Civil Veterinary Department. United Provinces 1923-31 - 1923-1931
Year: 1923
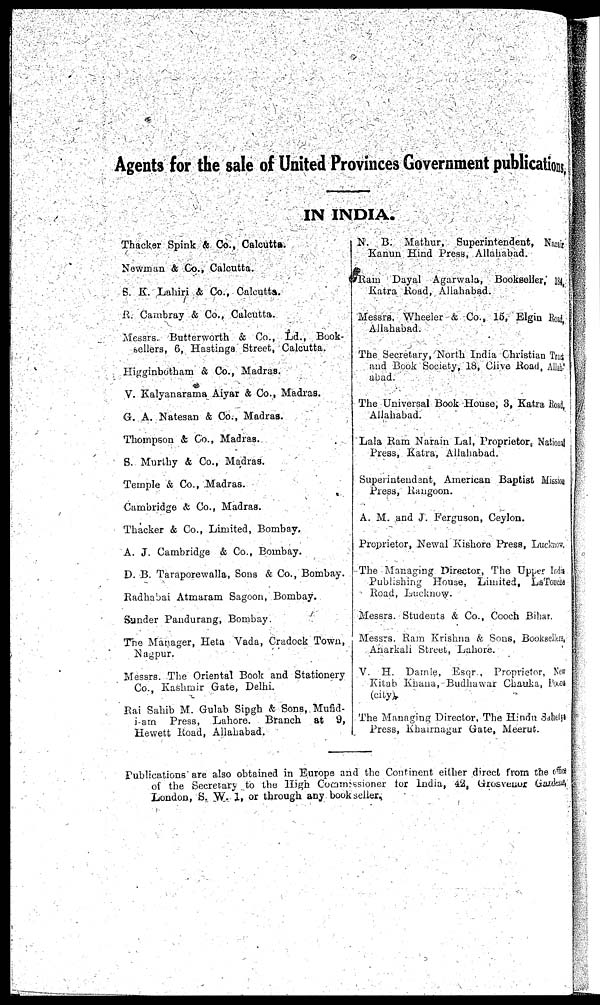
Agents for the sale of United Provinces Government publications,
IN INDIA.
Thacker Spink & Co., Calcutta.
Newman & Co., Calcutta.
S. K. Lahiri & Co., Calcutta.
R. Cambray & Co., Calcutta-.
Messrs. Butterworth & Co., Ld., Book-
sellers, 6, Hastinga Street, Calcutta.
Higginbotham & Co., Madras.
V. Kalyanarama Aiyar & Co., Madras.
G. A. Natesan & Co., Madras.
Thompson & Co., Madras.
S. Murthy & Co., Madras.
Temple & Co., Madras.
Cambridge & Co., Madras.
Thacker & Co., Limited, Bombay.
A. J. Cambridge & Co., Bombay.
D. B. Taraporewalla, Sons & Co., Bombay.
Radhabai Atmaram Sageon, Bombay.
Sunder Pandurang, Bombay.
The Manager, Heta Vada, Cradock Town,
Nagpur.
Messrs. The Oriental Book and Stationery
Co., Kashmir Gate, Delhi.
Rai Sahib M. Gulab Singh & Sons, Mufid-
am
Press, Lahore.
Branch
at
9,
Hewett Road, Ailahabad.
N.
B. Mathur, Superintendent, Kaar
Kanun Hind Press, Allahabad.
Ram
Dayal Agarwala, Bookseller,' 14,
Katra Road, Allahabad.
Messrs. Wheeler & Co., 16, Elgin Road,
Allahabad.
The Secretary, North India Christian Tract
and Book Society, 18, Clive Road, Allhabad.
The Universal Book House, 8, Katra Roda,
Allahabad.
Lala Ram Narain Lal, Proprietor National
Press, Katra, Allahabad.
Superintendent, American Baptist Missers
Press, Rangoon.
A. M. and J. Ferguson, Ceylon.
Proprietor, Newal Kishore Press, Lucknow.
The Managing Director, The Upper Trade
Publishing House, Limited, LaTours
Road, Lucknow.
Messrs. Students & Co., Cooch Bihar.
Messrs. Ram Krishna & Sons, Booksellers,
Anarkali Street, Lahore.
V. H.
Dannie
Eser , Proprieter, No
Khah Khana, Budhawar Chauka Road
The Managing Director, The Hindu Sabey
Press, Khaunagar Gate, Meerut.
Publications are also obtained in Europe and the Continent either direct from the city
of the Secretary to the High Commosssioner tor India, 22, Grosvenor Gandern,
Loudon, S. W. 1, or through any bookseller.